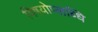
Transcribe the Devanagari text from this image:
विषयोप्लब्धि